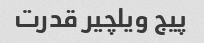
پیج ویلچیر قدرت